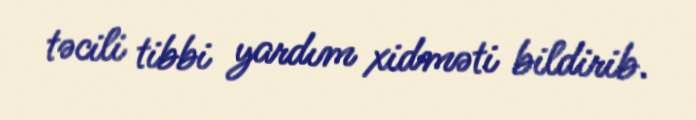
təcili tibbi yardım xidməti bildirib.